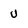
Character: u